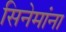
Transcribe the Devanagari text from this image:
सिनेमांना